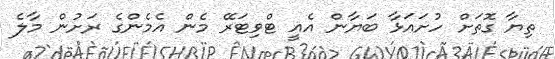
ތިޔާ ގޮތަށް ހުށައަޅާ ބަޔާން އެއީ ޓްވިޓަރޭ މެން އެމެންގެ ރަށުން މާލެ